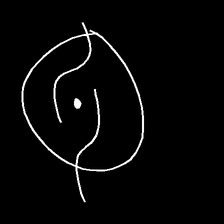
Glyph: repetition